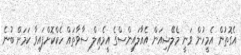
އެގޮތުން އެމީހުން ވަނީ މެލޭޝިއަން އެއާލައިންސްގެ އީމެއިލް ސާވާތައް ހެކްކޮށްފައިވާ ކަމަށް ބުނެ